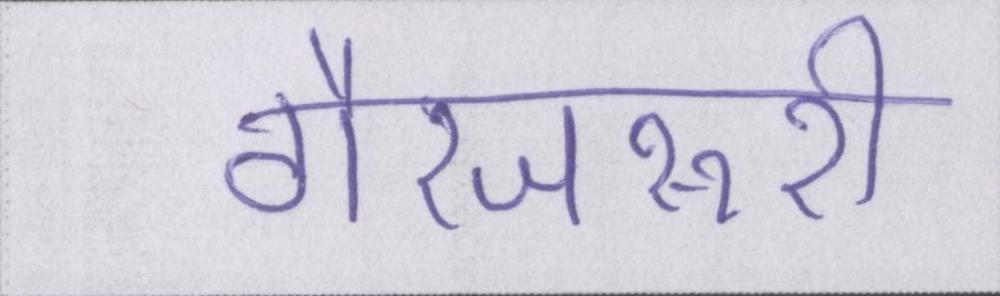
गैरजरूरी